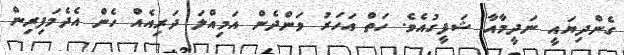
ގެންދިޔައީ ނަދީމާއާ ޝަފީގުއެވެ. ހަތް އަހަރު ވަންދެން އަމިއްލަ ދަރިއެއް ހެން އެދެމަފިރިން